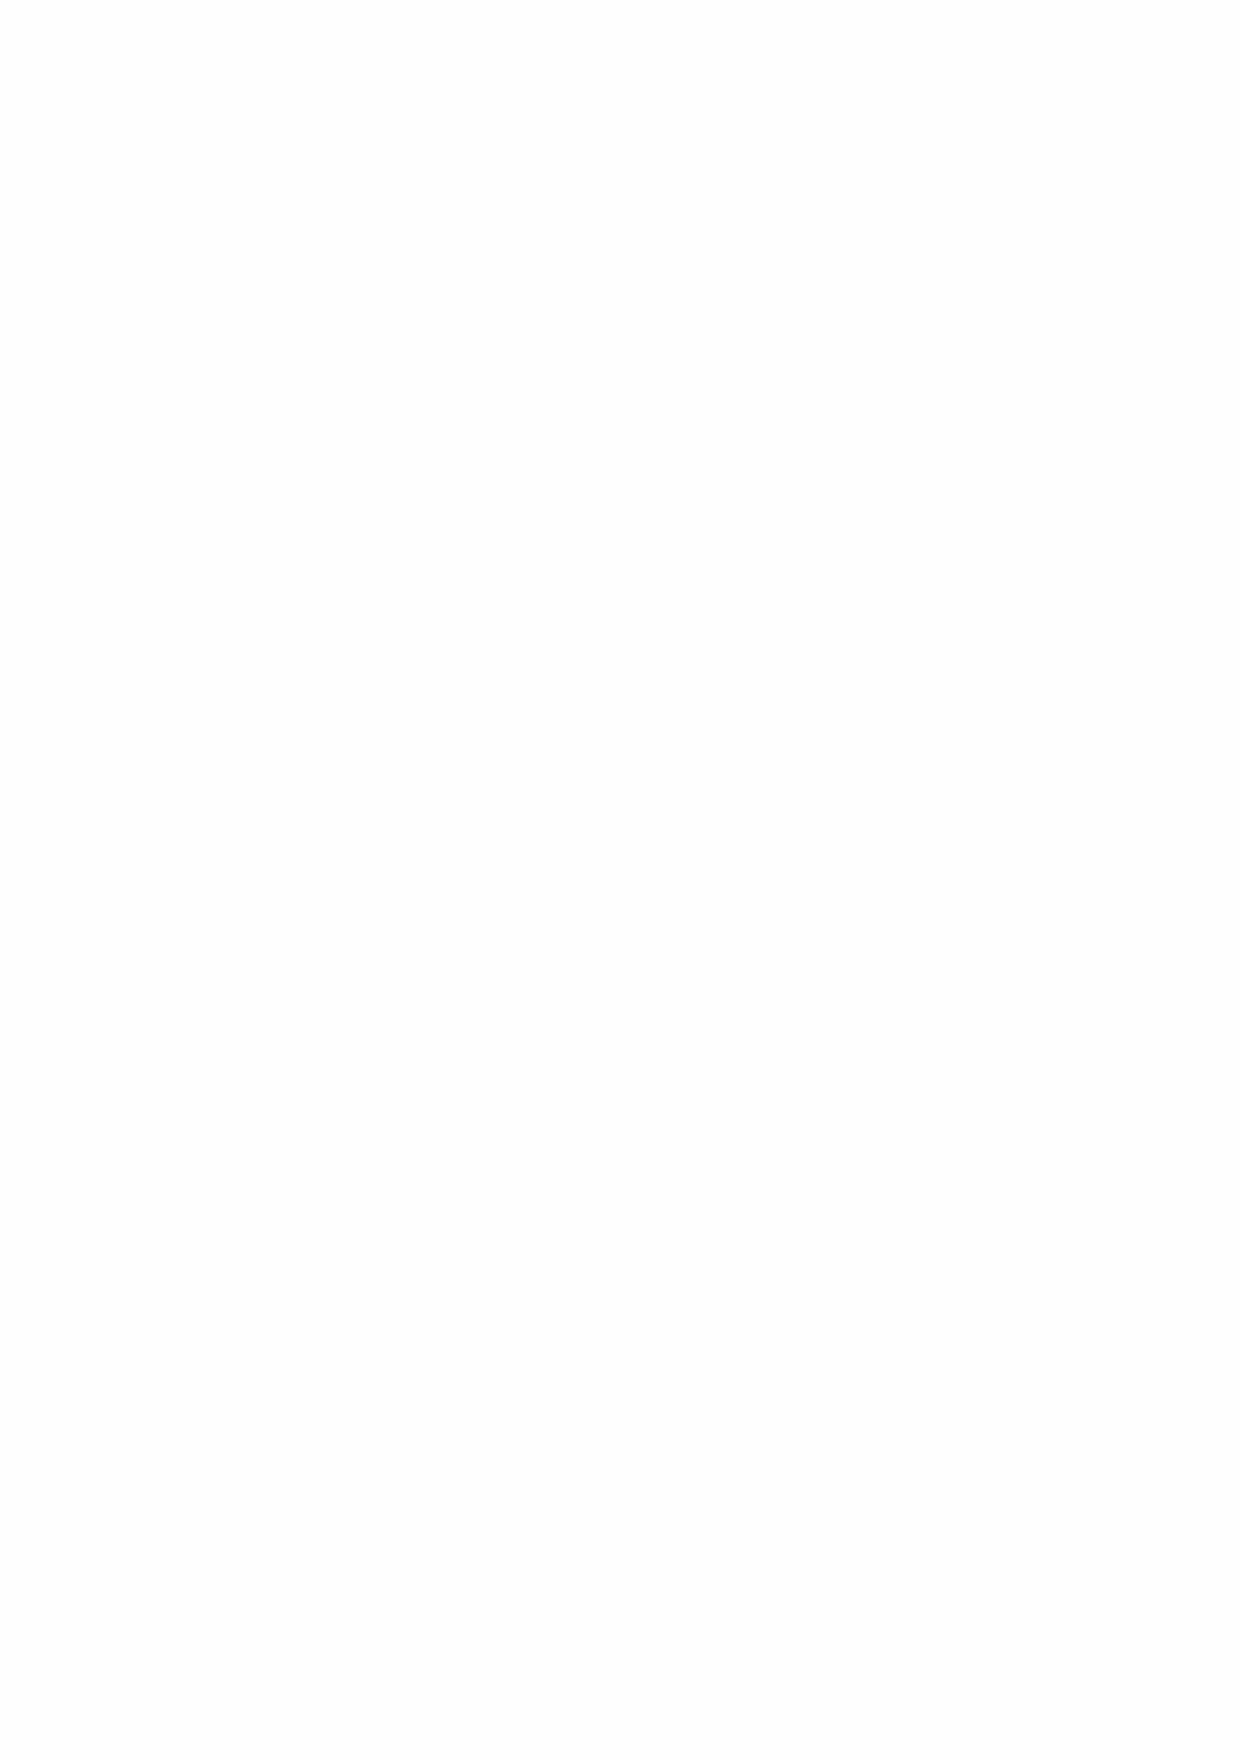
3.7 Subsidiary undertakings
 Combined Year End Value (2020: £3.6m, 2019 £3.9m)
 The group comprises the parent charity (Greenwich Hospital) and three subsidiary undertakings:
 Royal Hospital School Charitable Trust (RHSCT), Royal Hospital School Enterprises Limited
 (RHSEL) and the Travers Foundation.
 Details of the subsidiary undertakings and their results for the year can be found in note 4.
 RHSCT funds are restricted as shown in note 24.
 The Travers Foundation assets include investment property held at a market value of £2.9m as
 shown in note 12.
 There is a legal obligation to present the Travers Foundation accounts separately to Parliament
 and separate accounts are therefore presented for the Foundation on pages 69 to 82 accordingly.
 3.8 Delivery Against Objectives
 The Hospital’s key aims and objectives set for 2019/20 are set out below:
 •  To achieve substantive agreement on a revised five-year Strategy for Greenwich Hospital.
 o  In light of the Covid-19 outbreak, the Hospital, brought in an emergency strategy. Whilst
 a revised five-year Strategy was presented to the Advisory Panel and Advisory Board, it
 was agreed to use its overarching principals, and necessary contingency measures, to
 see out a 12-18 month temporary strategy.
 •  To make substantive progress with Navy Command towards agreeing a future legal structure
 and status for Greenwich Hospital.
 o  Work in this area continued throughout the year, and on into 2021. Whilst no significant
 milestones were reached during the year, improved understanding of shared objectives
 continued to develop.
 •  To review and improve controls and governance throughout Greenwich Hospital including
 financial management, charitable agreements and impact reporting
 o  Significant improvements in financial control were enacted during the year, and the
 Hospital delivered its first impact report to stakeholders for two years. A renewed
 enthusiasm for good governance has been set as part of the Hospital’s core cultural
 identity with its staff
 •  To complete the infrastructure work at the Throckley site, and achieve sales of the third phase.
 o  Due to the Covid-19 outbreak, the sales process stalled during the year, though a
 significant sale was completed in September 2020, and infrastructure work was largely
 completed by December 2020.
 •  To improve the coherence of naval charity and its impact for beneficiaries through continued
 and closer co-operation with the RNRMC and other naval charities.
 o  The Hospital’s new Head of Charity (Delivery) has worked to improve co-operation with
 the RNRMC, and now operates closely and with shared principles. Meetings with
 stakeholders are now regularly attended jointly by her and her RNRMC counterpart.
 •  To initiate two long term (3-5 years for delivery) major (>£500k) charitable projects.
 o  The charity sector looked to reduce its expenditure in the second half of the year, with
 delivery on major projects deferred into 2021. However, Greenwich Hospital was able to
 provide the first tranche of funding for the RBLI’s Greenwich House capital project in
 January 2020.
 17